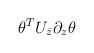
\begin{align*}\theta^T U_{\bar z} \partial_z \theta\end{align*}